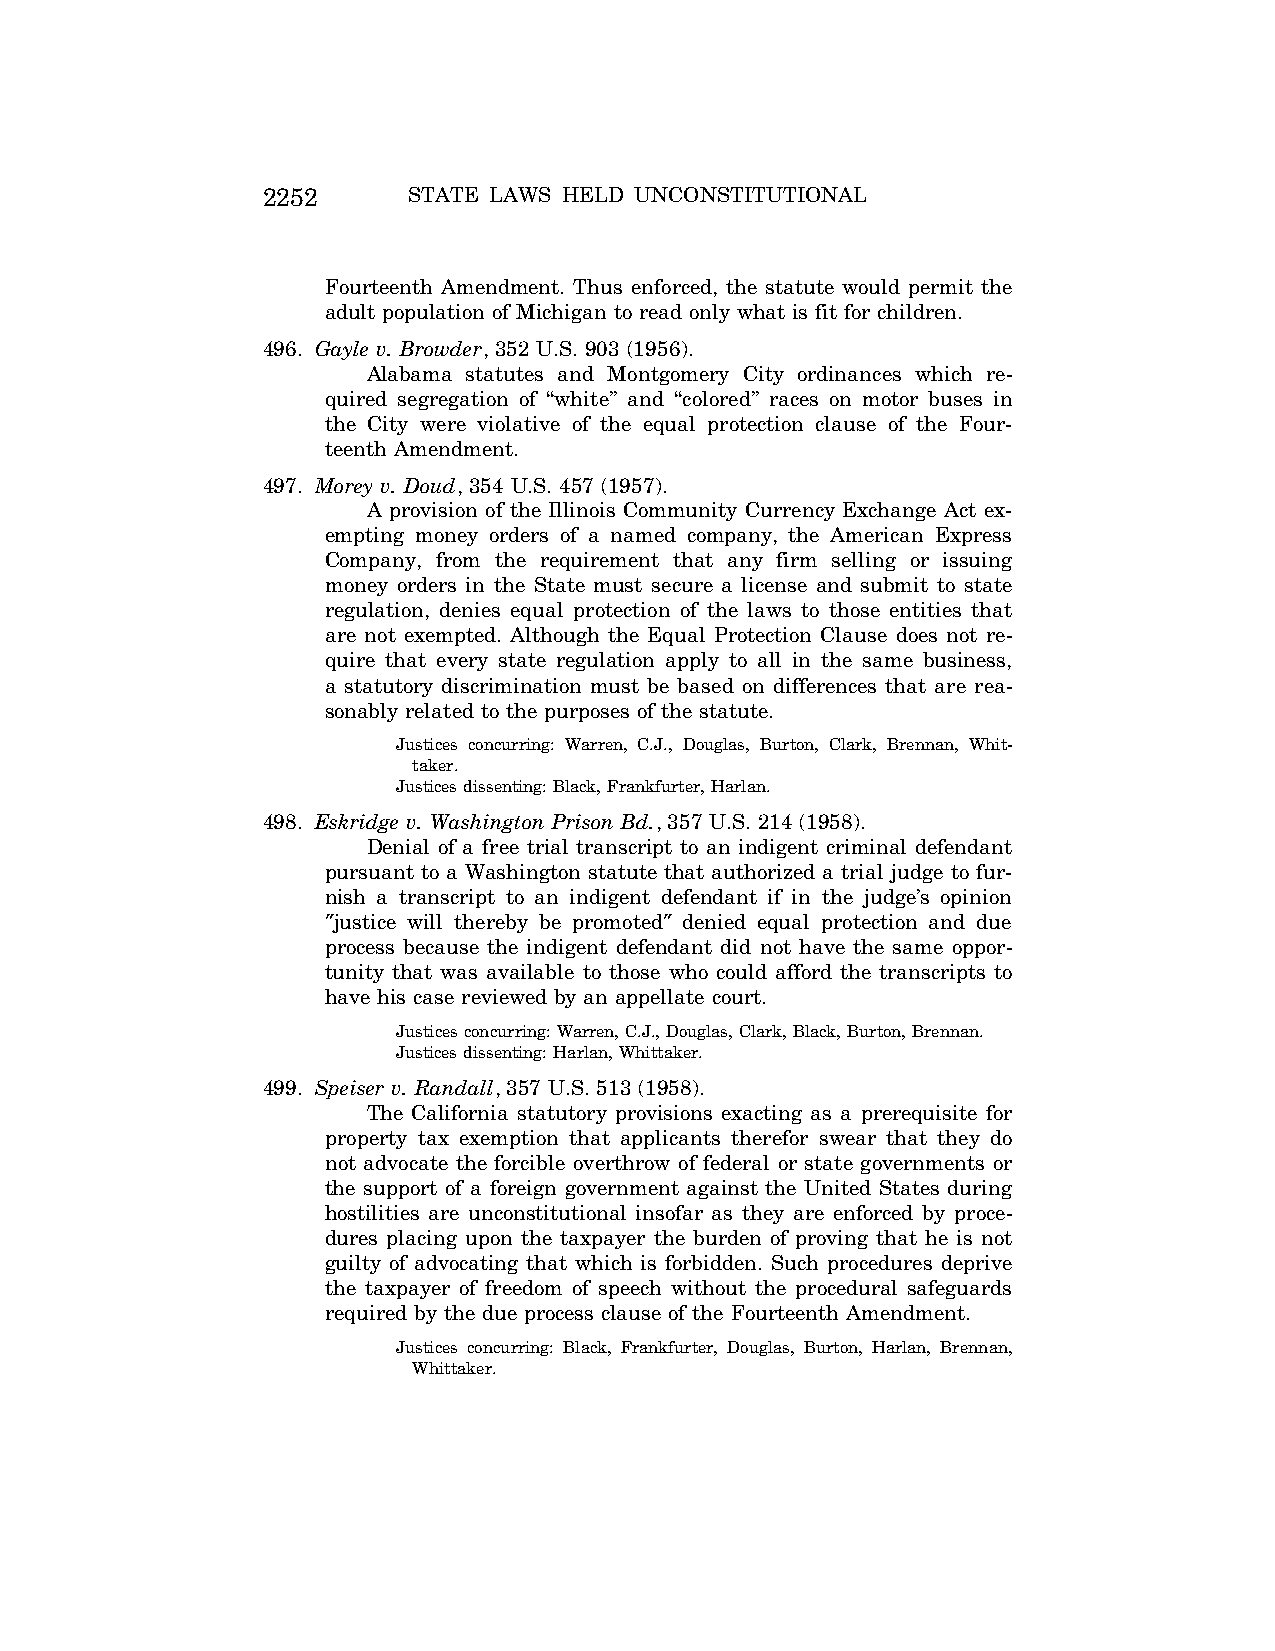
2252      STATE LAWS HELD UNCONSTITUTIONAL
 Fourteenth Amendment. Thus enforced, the statute would permit the
 adult population of Michigan to read only what is fit for children.
 496. Gayle v. Browder, 352 U.S. 903 (1956).
 Alabama statutes and Montgomery City ordinances which re-
 quired segregation of ‘‘white’’ and ‘‘colored’’ races on motor buses in
 the City were violative of the equal protection clause of the Four-
 teenth Amendment.
 497. Morey v. Doud, 354 U.S. 457 (1957).
 A provision of the Illinois Community Currency Exchange Act ex-
 empting money orders of a named company, the American Express
 Company, from the requirement that any firm selling or issuing
 money orders in the State must secure a license and submit to state
 regulation, denies equal protection of the laws to those entities that
 are not exempted. Although the Equal Protection Clause does not re-
 quire that every state regulation apply to all in the same business,
 a statutory discrimination must be based on differences that are rea-
 sonably related to the purposes of the statute.
 Justices concurring: Warren, C.J., Douglas, Burton, Clark, Brennan, Whit-
 taker.
 Justices dissenting: Black, Frankfurter, Harlan.
 498. Eskridge v. Washington Prison Bd., 357 U.S. 214 (1958).
 Denial of a free trial transcript to an indigent criminal defendant
 pursuant to a Washington statute that authorized a trial judge to fur-
 nish a transcript to an indigent defendant if in the judge’s opinion
 ″justice will thereby be promoted″ denied equal protection and due
 process because the indigent defendant did not have the same oppor-
 tunity that was available to those who could afford the transcripts to
 have his case reviewed by an appellate court.
 Justices concurring: Warren, C.J., Douglas, Clark, Black, Burton, Brennan.
 Justices dissenting: Harlan, Whittaker.
 499. Speiser v. Randall, 357 U.S. 513 (1958).
 The California statutory provisions exacting as a prerequisite for
 property tax exemption that applicants therefor swear that they do
 not advocate the forcible overthrow of federal or state governments or
 the support of a foreign government against the United States during
 hostilities are unconstitutional insofar as they are enforced by proce-
 dures placing upon the taxpayer the burden of proving that he is not
 guilty of advocating that which is forbidden. Such procedures deprive
 the taxpayer of freedom of speech without the procedural safeguards
 required by the due process clause of the Fourteenth Amendment.
 Justices concurring: Black, Frankfurter, Douglas, Burton, Harlan, Brennan,
 Whittaker.
 VerDate Aug<04>2004 12:57 Aug 23, 2004 Jkt 077500 PO 00000 Frm 00092 Fmt 8222 Sfmt 8222 C:\CONAN\CON064.SGM PRFM99 PsN: CON064